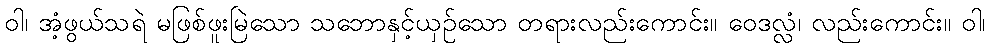
ဝါ၊ အံ့ဖွယ်သရဲ မဖြစ်ဖူးမြဲသော သဘောနှင့်ယှဉ်သော တရားလည်းကောင်း။ ဝေဒလ္လံ၊ လည်းကောင်း။ ဝါ၊